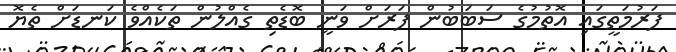
ފަރުމަތީގައި އޮތުމުގެ ސަބަބުން ފަރަށް ވަނީ ބޮޑެތި ގެއްލުން ތަކެއްވެ ކަނޑަށް ތެޔޮ